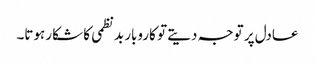
عادل پر توجہ دیتے تو کاروبار بدنظمی کا شکار ہوتا۔